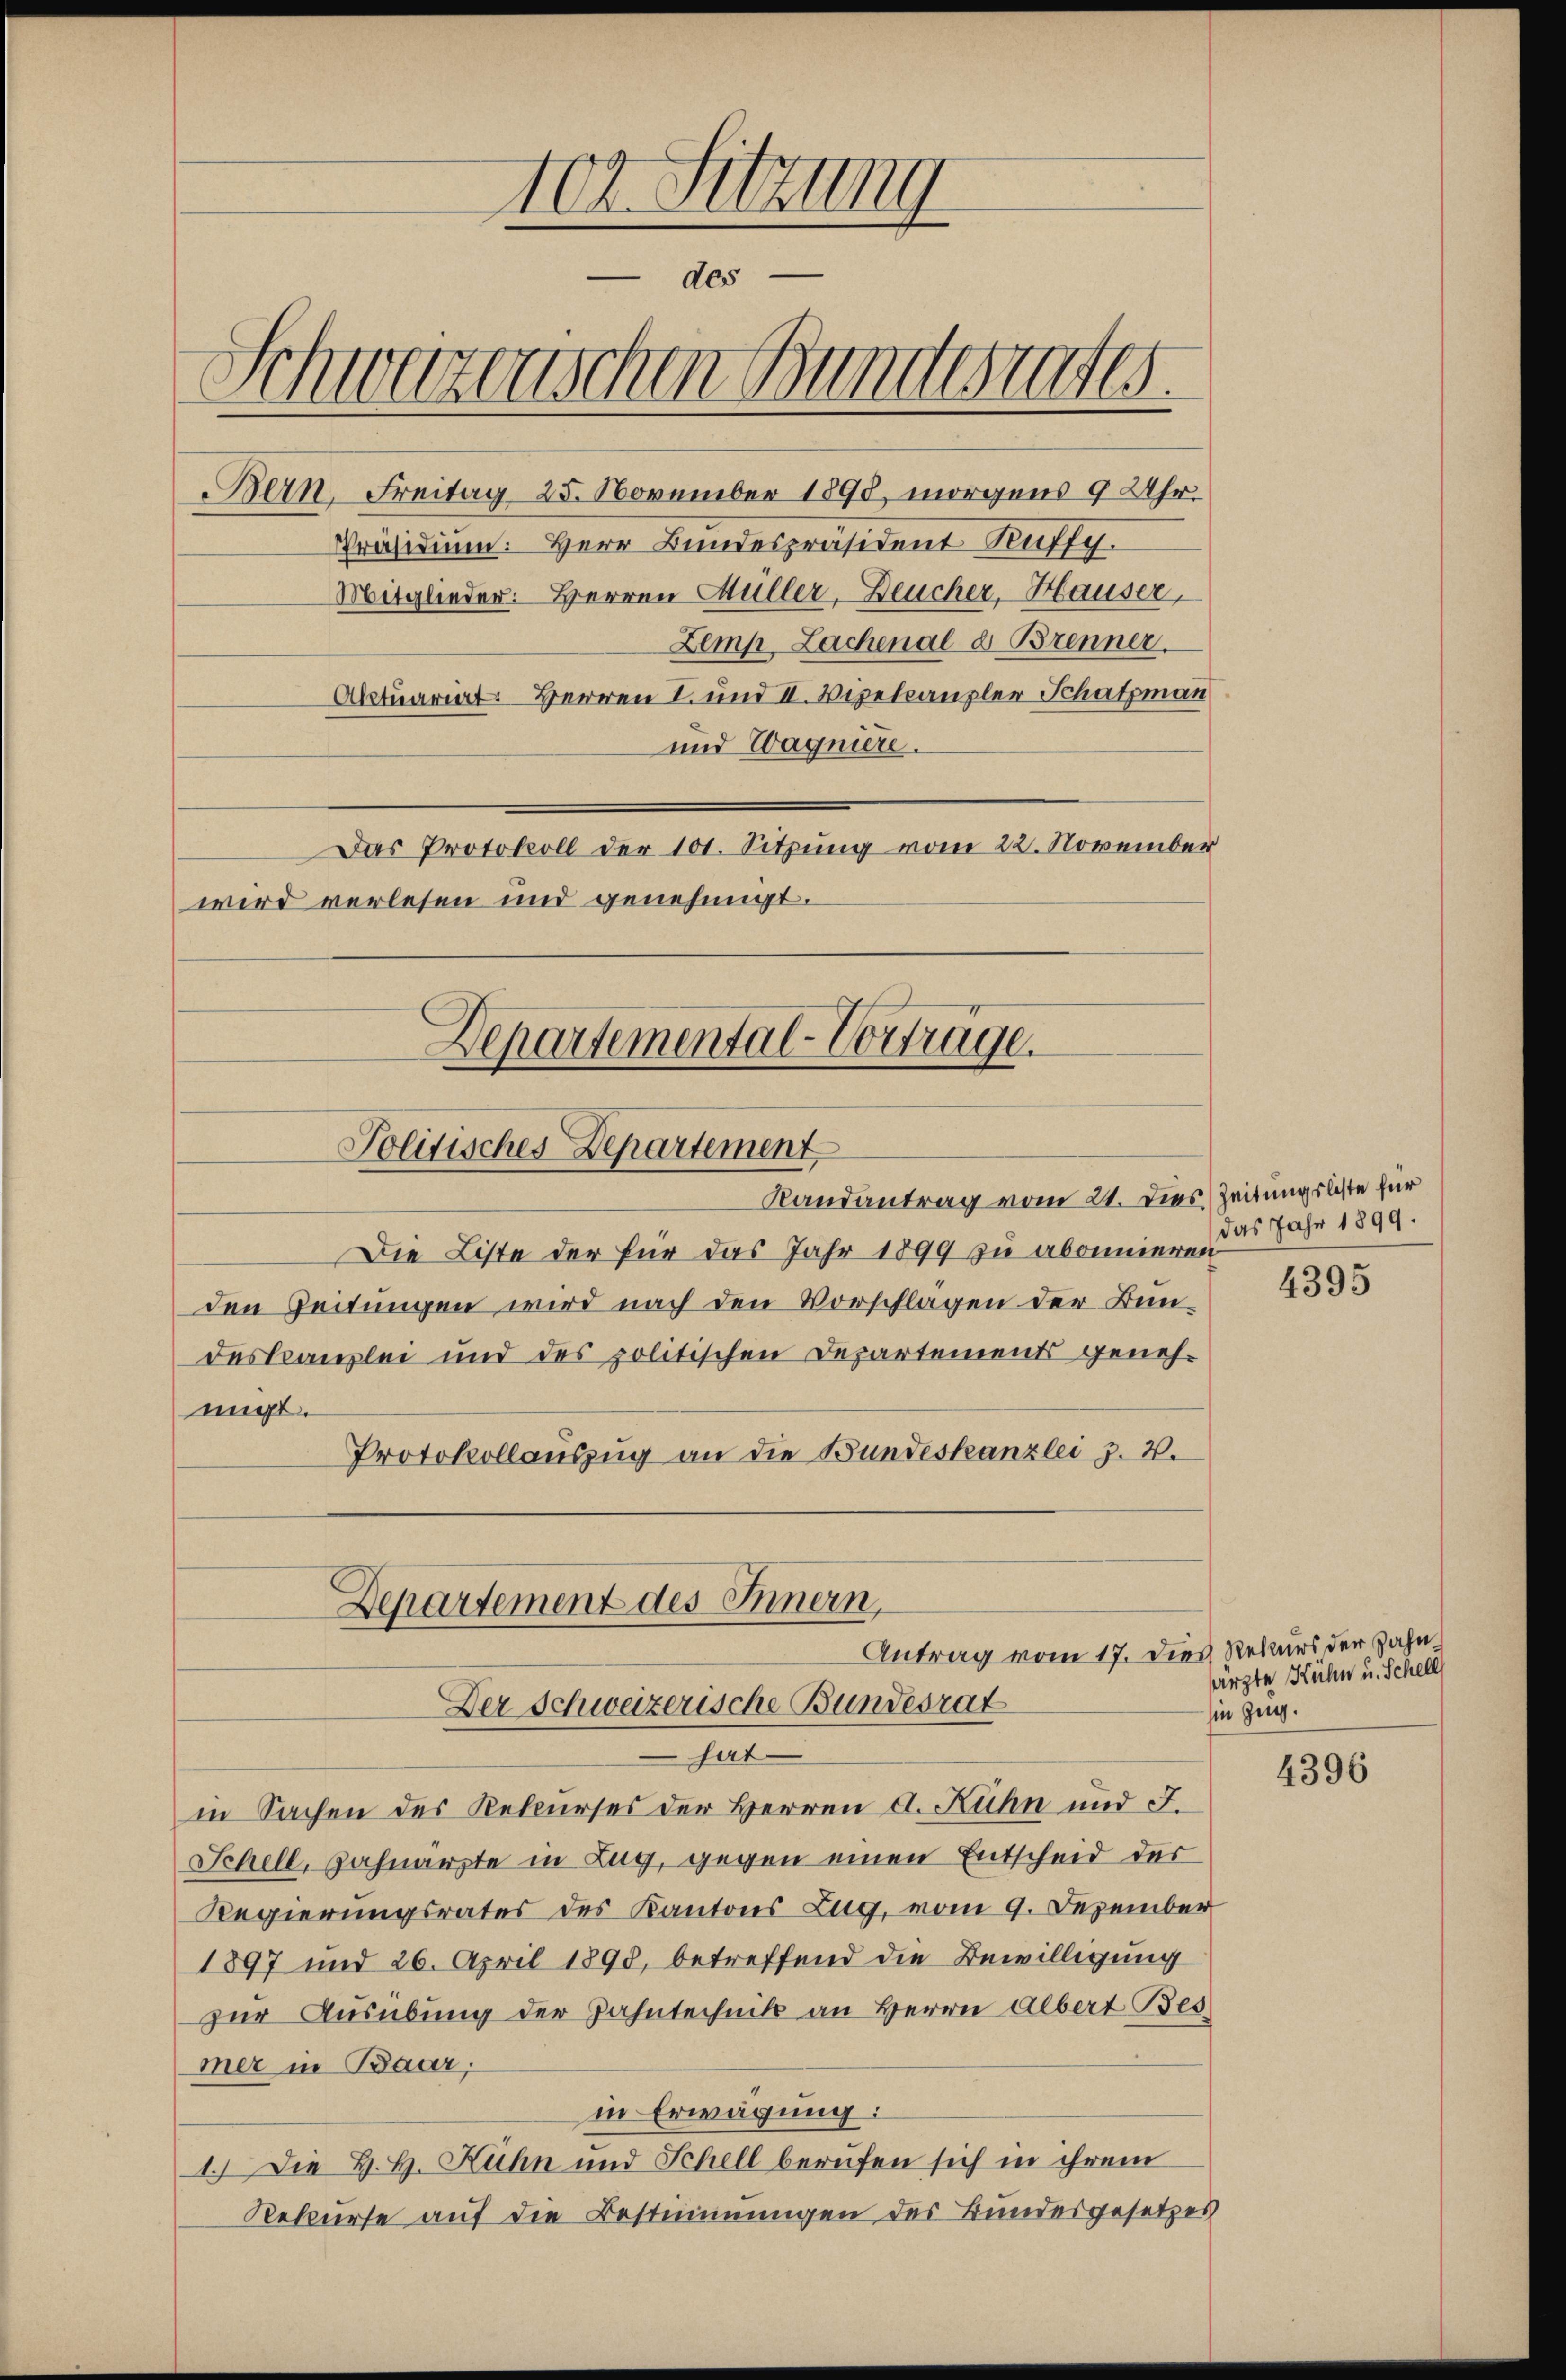
0r Sitzung
 des
Schwarzenschen Bundesrates.
Bern, Freitag 25. November 1890, morgens 9 Uhr.
Präsidium. Herr Bundespräsident Ruffy.

Mitglieder: Herren Müller-Deucher, Hauser,
Zemp Lachenal d. Brenner
Aktuariat. Herren I. und II. Vizetcanzler Schatzman
 und Wagniere.
wird verlesen und genehmigt.
Departemental-Vorträge.
Politisches Departement
Randantrag vom 21. Dies Zeitungsbeste für
Die Liste der für das Jahr 1899 zu abonnieren
den Zeitungen wird nach den Vorschlagen der Bun¬
Dastcanzlei und des politischen Departements genehmigt.
Protokollauszug an die Bundeskanzlei z. B.

Departement des Innern,
Antrag vom 17. Die
Der Schweizerische Bundesrat

Das Protokoll der 101. Sitzung vom 22. November

hat
in Sachen des Rekurses der Herren d. Kuhn und F.
Schell, Zahnarzte in Zug, gegen einen Entscheid des
Regierungsrates des Kantons Zug, vom 9. Dezember
1897 und 26. April 1893, betreffend die Bewilligung
zur Ausübung der Zahntechnik an Herrn Albert Bes
mer in Baar,
in Erwägung:
1.) Die H. H. Kuhn und Schell berufen sich in ihrem
Rekurse auf die Bestimmungen des Bundesgesetzes

das Jahr 1899.

4395

i Rekurs der Zahn
sarzte Kuhn u. Schell
sien Zug.

4396